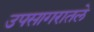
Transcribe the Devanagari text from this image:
उपसागरातले